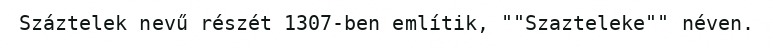
Száztelek nevű részét 1307-ben említik, ""Szazteleke"" néven.